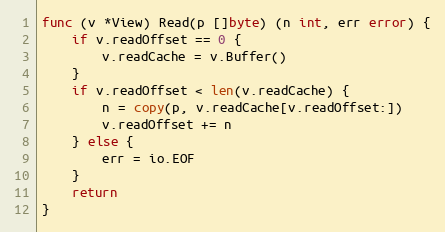
Language: Go
func (v *View) Read(p []byte) (n int, err error) {
	if v.readOffset == 0 {
		v.readCache = v.Buffer()
	}
	if v.readOffset < len(v.readCache) {
		n = copy(p, v.readCache[v.readOffset:])
		v.readOffset += n
	} else {
		err = io.EOF
	}
	return
}